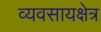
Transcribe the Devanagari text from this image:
व्यवसायक्षेत्र